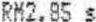
RM2.85 S